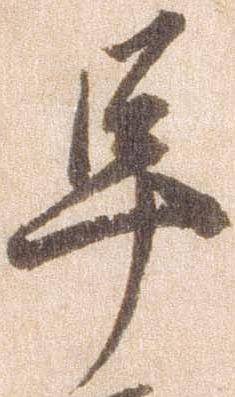
早